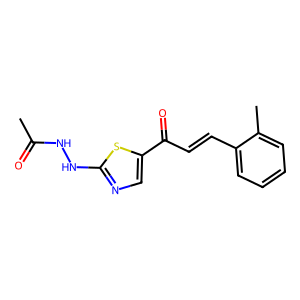
SMILES: CC(=O)NNc1ncc(C(=O)C=Cc2ccccc2C)s1
Inhibits HIV replication: No